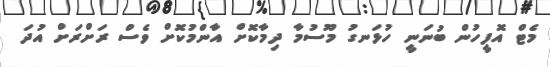
މެޓް އޮފީހުން ބުނަނީ ހުޅަނގު މޫސުމާ ދިމާކޮށް އާންމުކޮށް ވެސް ރަށްރަށް އުދަ